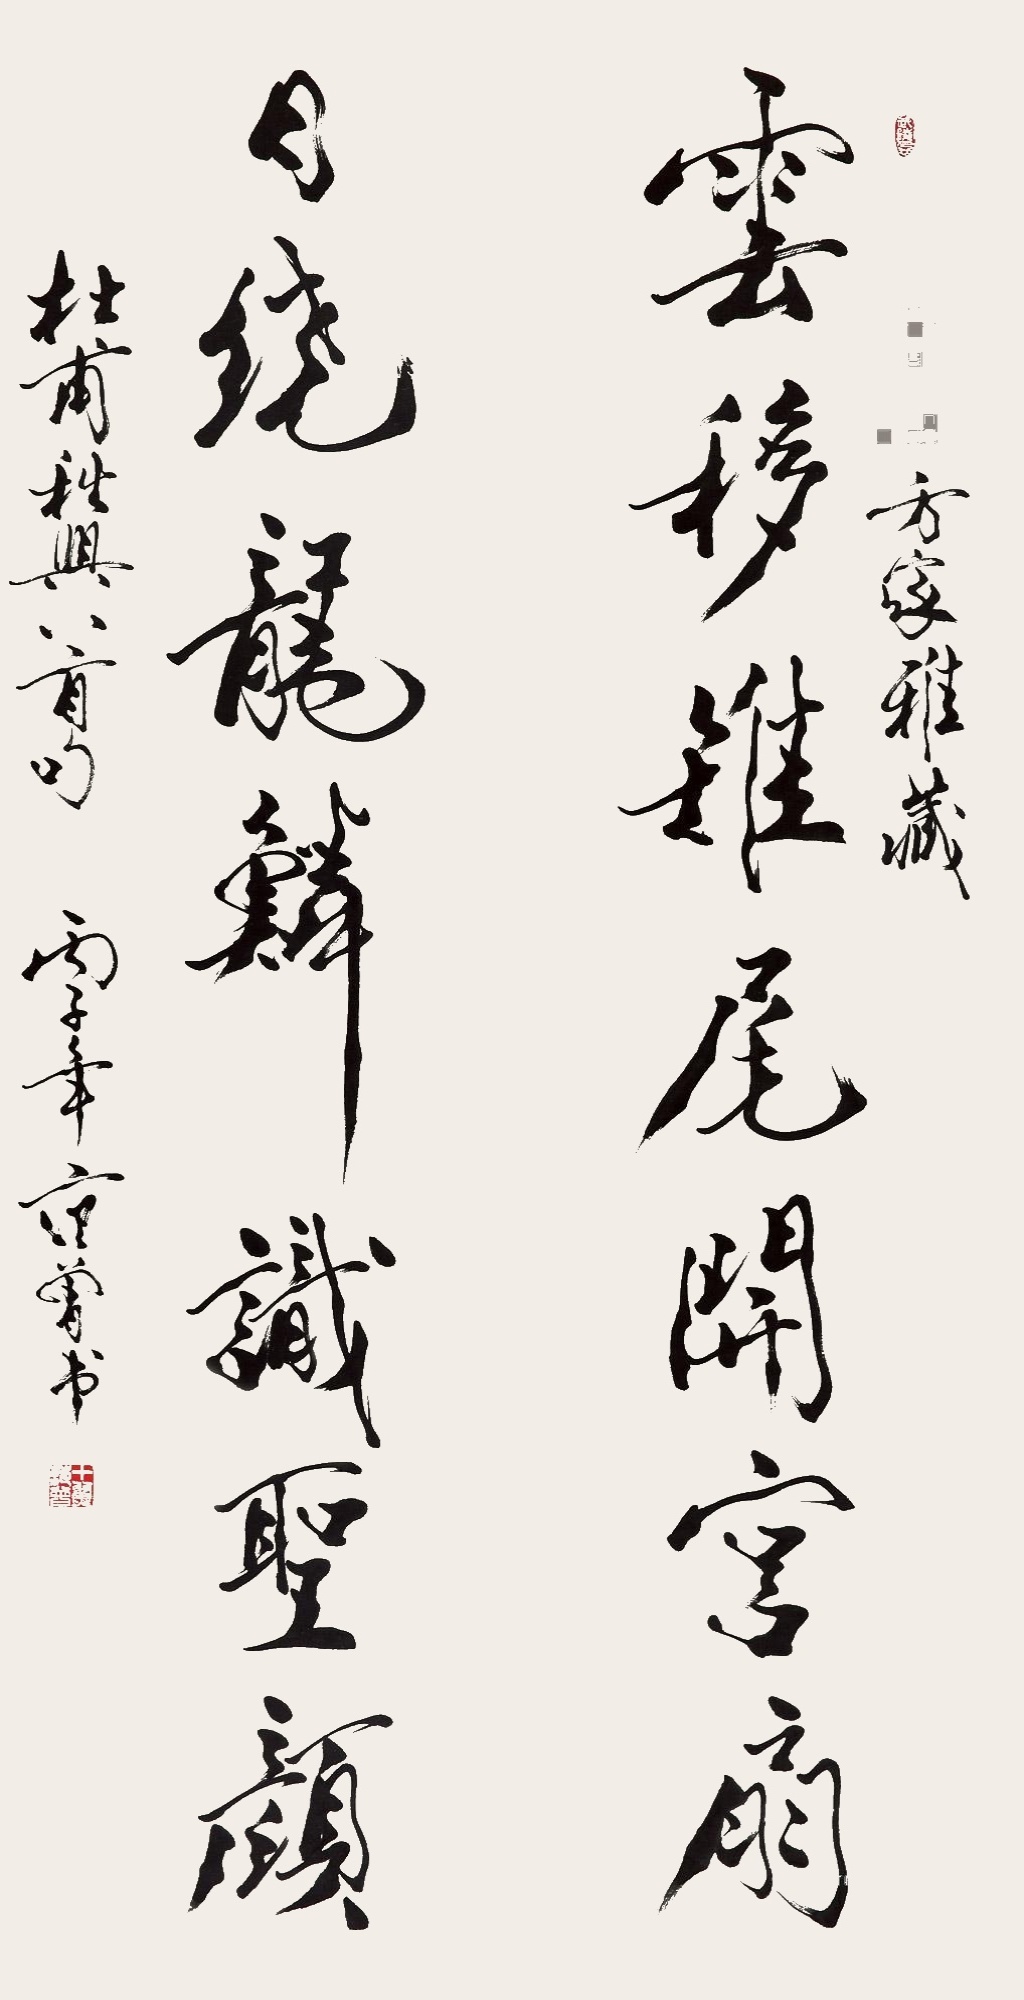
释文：云移雉尾开宫扇；日绕龙鳞识圣颜。□□方家雅藏。杜甫《秋兴八首》句。丙子年。范曾书。